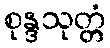
စုန္ဒသုတ္တံ